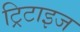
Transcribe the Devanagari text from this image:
ट्रिटाइज